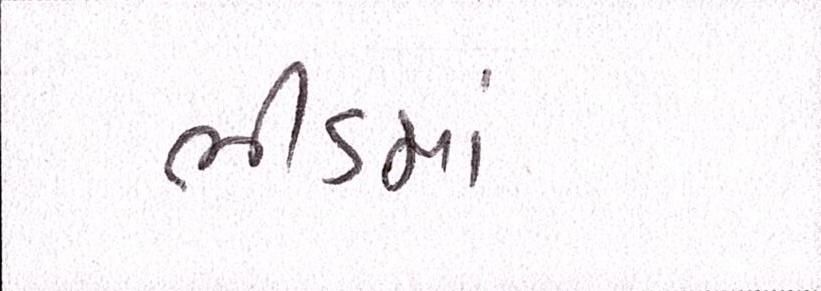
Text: ભીડમાં